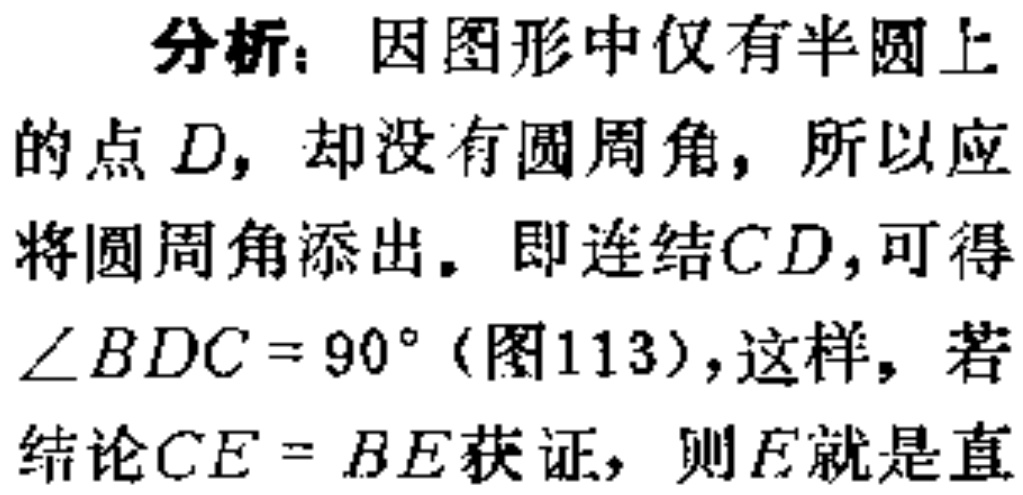
分析：因图形中仅有半圆上

的点\(D\)，却没有圆周角，所以应

将圆周角添出。即连结\(CD\)，可得

\(\angle BDC = 90^{\circ}\)（图113），这样，若

结论\(CE = BE\)获证，则\(E\)就是直